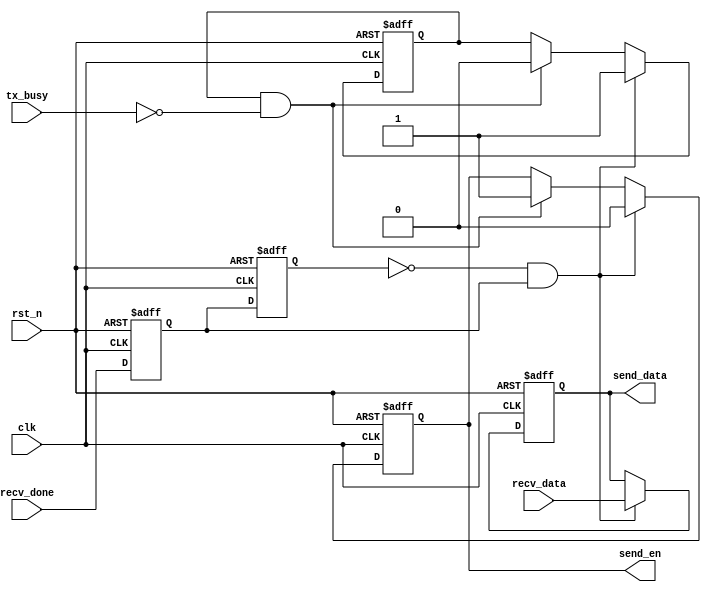
module uart_loop (
    input            clk,
    input            rst_n,
    input            recv_done,
    input      [7:0] recv_data,
    input            tx_busy,
    output reg       send_en,
    output reg [7:0] send_data
);

  reg  recv_done_d0;
  reg  recv_done_d1;
  reg  tx_ready;

  wire recv_done_flag;

  assign recv_done_flag = (~recv_done_d1) & recv_done_d0;
  always @(posedge clk or negedge rst_n) begin
    if (!rst_n) begin
      recv_done_d0 <= 1'b0;
      recv_done_d1 <= 1'b0;
    end else begin
      recv_done_d0 <= recv_done;
      recv_done_d1 <= recv_done_d0;
    end
  end

  always @(posedge clk or negedge rst_n) begin
    if (!rst_n) begin
      tx_ready  <= 1'b0;
      send_en   <= 1'b0;
      send_data <= 8'd0;
    end else begin
      if (recv_done_flag) begin
        tx_ready  <= 1'b1;
        send_en   <= 1'b0;
        send_data <= recv_data;
      end else if (tx_ready && (~tx_busy)) begin
        tx_ready <= 1'b0;
        send_en  <= 1'b1;
      end
    end
  end

endmodule